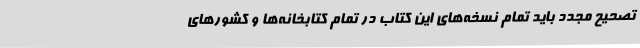
تصحیح مجدد باید تمام نسخه‌های این کتاب در تمام کتابخانه‌ها و کشورهای